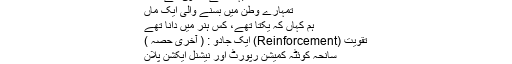
بہت سے دعاؤں کے ساتھ
تمہارے وطن میں بسنے والی ایک ماں
ہم کہاں کہ یکتا تھے، کس ہنر میں دانا تھے
تقویت (Reinforcement) ایک جادو : ( آخری حصہ )
سانحہ کوئٹہ کمیشن رپورٹ اور نیشنل ایکشن پلان
تخلیقی تحقیق کی مستحق لکھاری۔